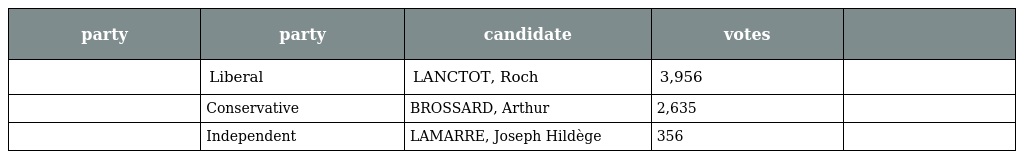
| party | party | candidate | votes |  |
 | --- | --- | --- | --- | --- |
 |  | Liberal | LANCTOT, Roch | 3,956 |  |
 |  | Conservative | BROSSARD, Arthur | 2,635 |  |
 |  | Independent | LAMARRE, Joseph Hildège | 356 |  |